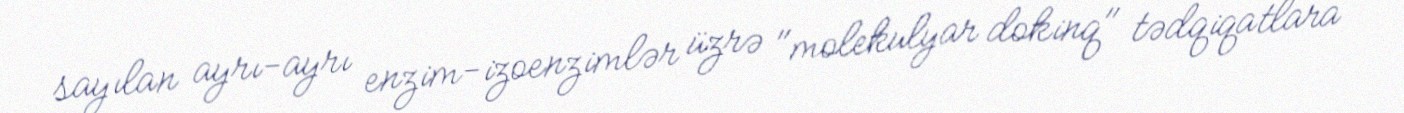
sayılan ayrı-ayrı enzim-izoenzimlər üzrə "molekulyar dokinq" tədqiqatlara